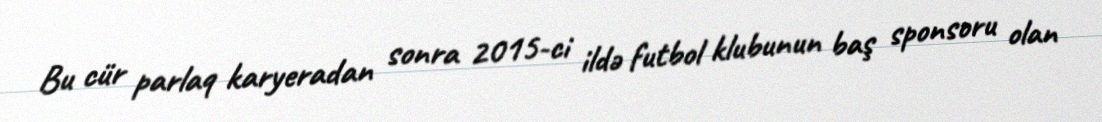
Bu cür parlaq karyeradan sonra 2015-ci ildə futbol klubunun baş sponsoru olan